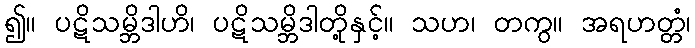
၍။ ပဋိသမ္ဘိဒါဟိ၊ ပဋိသမ္ဘိဒါတို့နှင့်။ သဟ၊ တကွ။ အရဟတ္တံ၊